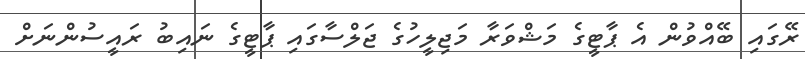
ރޭގައި ބޭއްވުން އެ ޕާޓީގެ މަޝްވަރާ މަޖިލީހުގެ ޖަލްސާގައި ޕާޓީގެ ނައިބު ރައީސުންނަށް